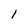
Character: l